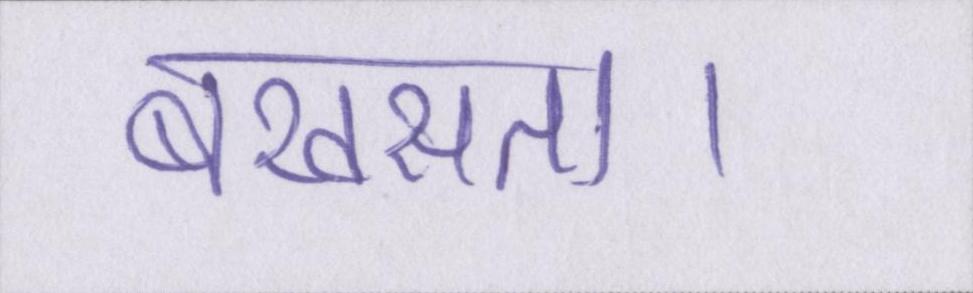
बखसता।